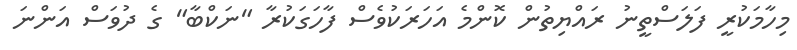
މިހާމަކުރީ ފަލަސްތީނު ރައްޔިތުން ކޮންމެ އަހަރަކުވެސް ފާހަގަކުރާ "ނަކްބާ" ގެ ދުވަސް އަންނަ